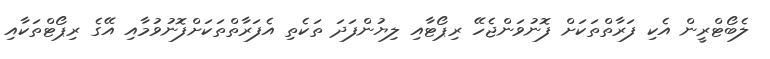
ލެބޯޓްރީން އެކި ފަރާތްތަކަށް ފޮނުވަންޖެހޭ ރިޕޯޓާއި ލިޔުންފަދަ ތަކެތި އެފަރާތްތަކަށްފޮނުވުމާއި އޭގެ ރިޕޯޓްތަކާއި